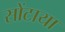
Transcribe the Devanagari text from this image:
सोंटाया